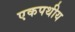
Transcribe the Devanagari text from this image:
एकपथीय